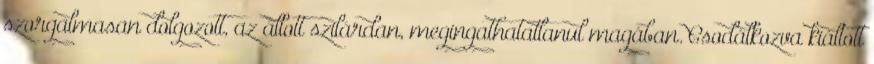
szorgalmasan dolgozott, az állott szilárdan, megingathatatlanul magában. Csodálkozva kiáltott